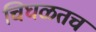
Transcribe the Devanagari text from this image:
चिघळतच